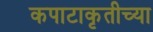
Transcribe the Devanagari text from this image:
कपाटाकृतीच्या